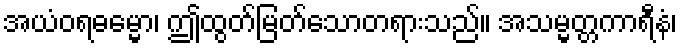
အယံဝရဓမ္မော၊ ဤထွတ်မြတ်သောတရားသည်။ အသမ္မတ္တကာရီနံ၊